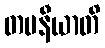
တပနီယာတိ